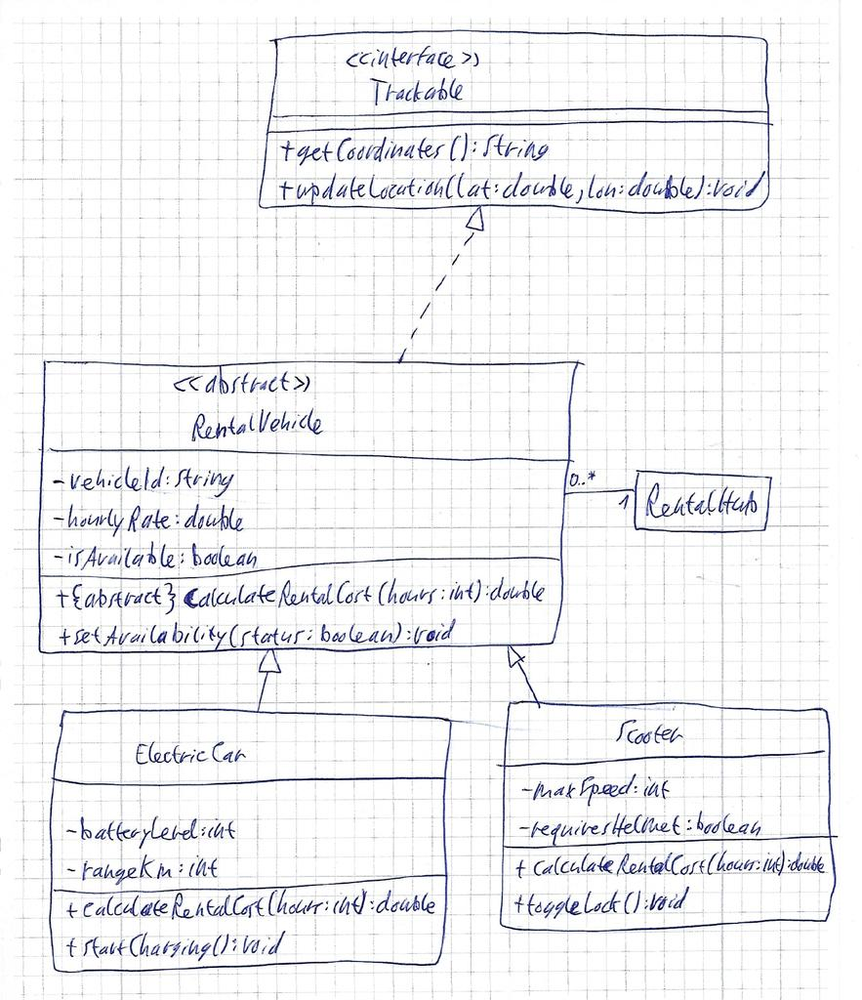
Diagram type: class_diagram
```plantuml
@startuml

interface Trackable {
  + getCoordinates(): String
  + updateLocation(lat: double, lon: double): void
}

abstract class RentalVehicle implements Trackable {
  - vehicleId: String
  - hourlyRate: double
  - isAvailable: boolean
  + {abstract} calculateRentalCost(hours: int): double
  + setAvailability(status: boolean): void
}

class ElectricCar extends RentalVehicle {
  - batteryLevel: int
  - rangeKm: int
  + calculateRentalCost(hours: int): double
  + startCharging(): void
}

class Scooter extends RentalVehicle {
  - maxSpeed: int
  - requiresHelmet: boolean
  + calculateRentalCost(hours: int): double
  + toggleLock(): void
}

RentalVehicle "0..*" -- "1" RentalHub

@enduml
```